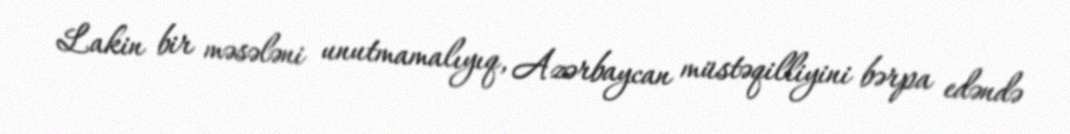
Lakin bir məsələni unutmamalıyıq, Azərbaycan müstəqilliyini bərpa edəndə